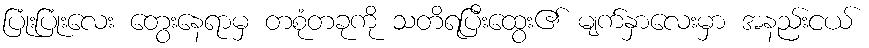
ပြုံးပြုံးလေး တွေးနေရာမှ တစုံတခုကို သတိရပြီးထွေး၏ မျက်နှာလေးမှာ အနည်းငယ်